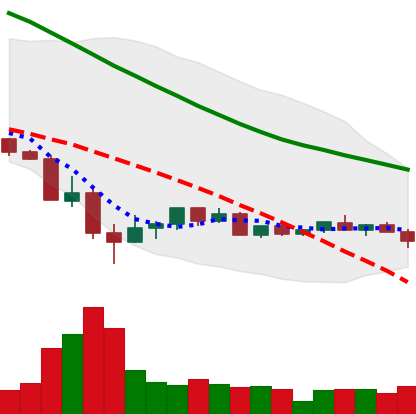
Ticker: LINK-USD
Chart end date: 2022-05-26
Forward return: 14.929%
Label: up_7plus